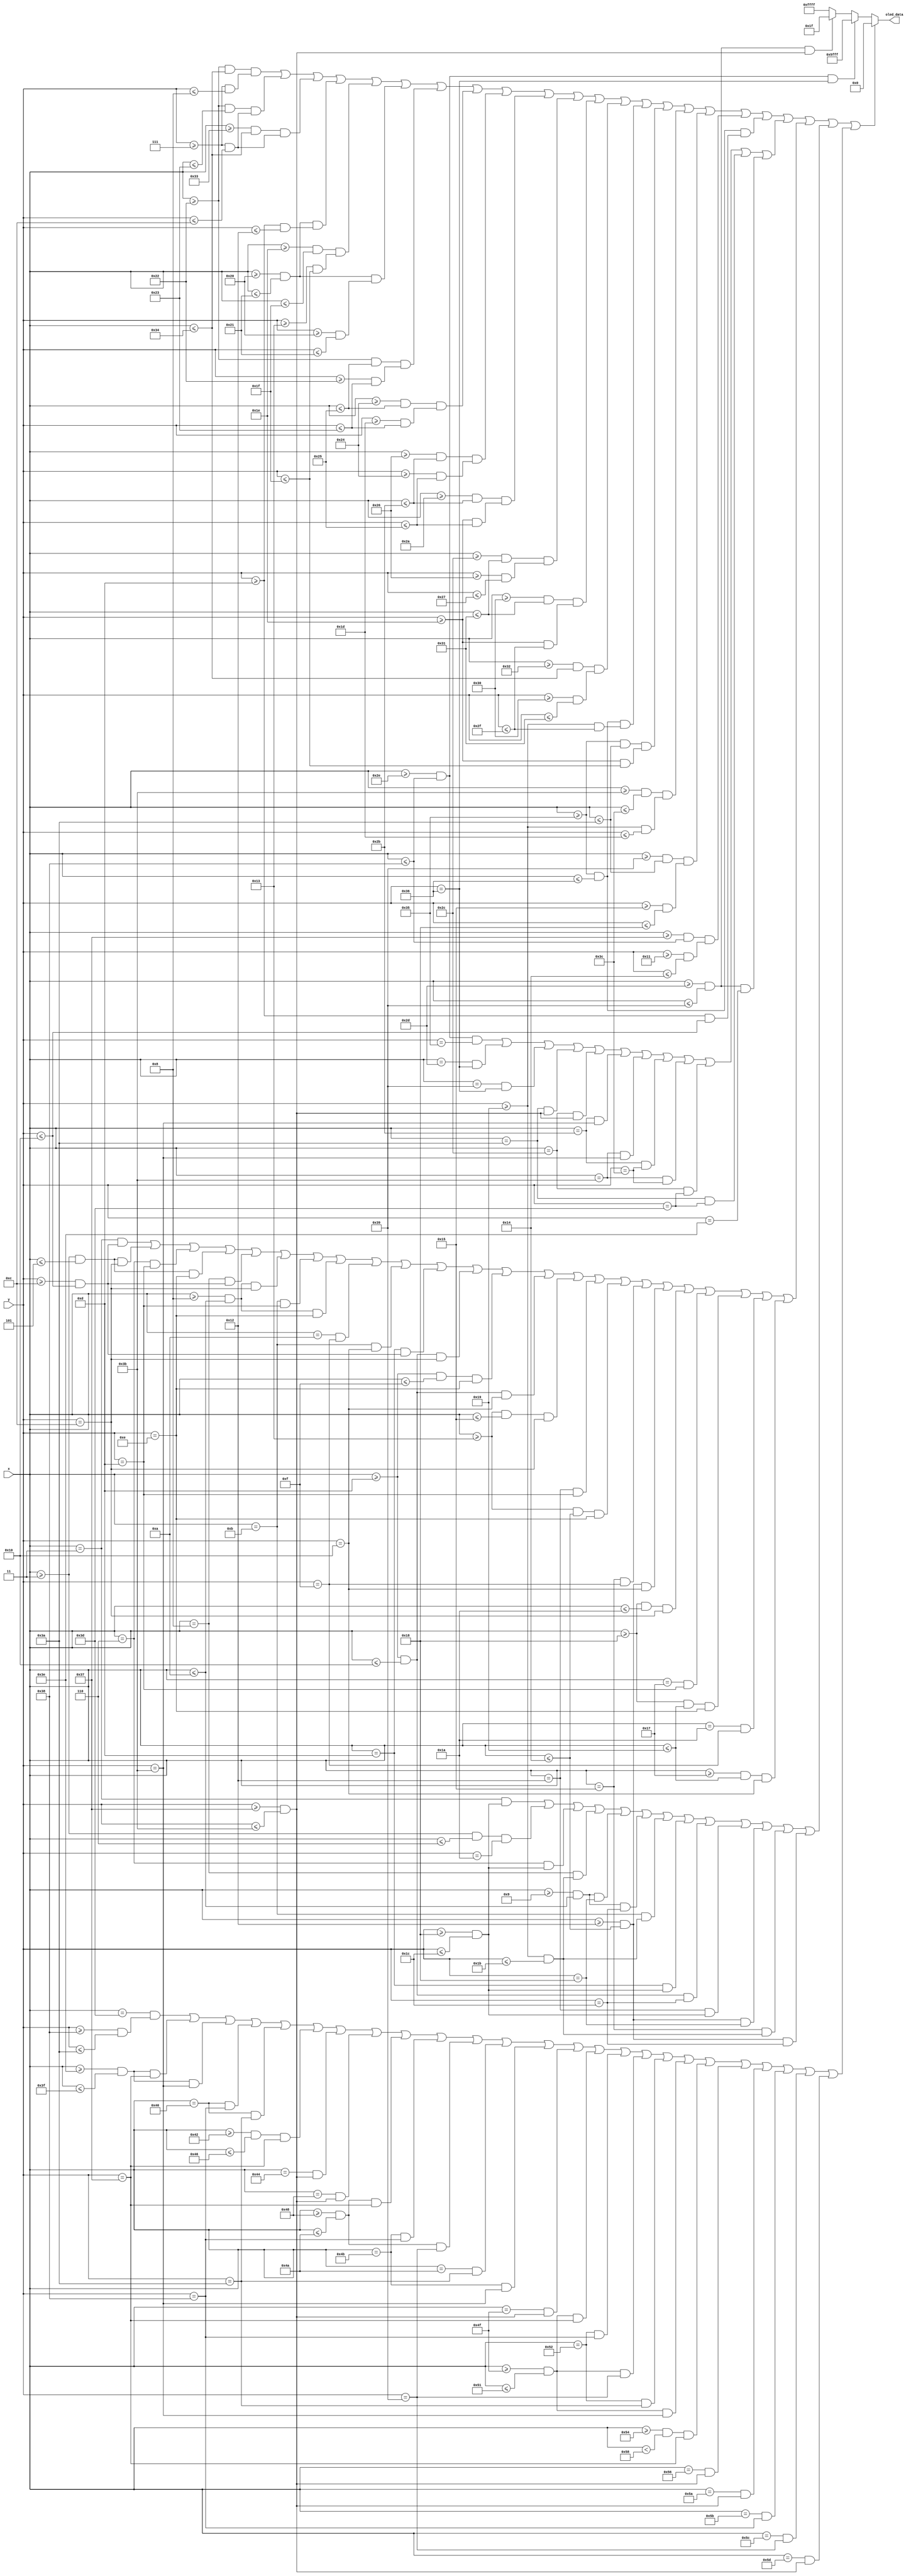
module Record_Start(
  input [6:0] x,
  input [5:0] y,
  output reg [15:0] oled_data
);

//Define constant as local parameter
//Colour display
localparam GREEN = 16'h07E0;
localparam ORANGE = 16'hFFE0; //Yellow
localparam RED = 16'hF800;
localparam BLACK = 16'h0000;
localparam PURPLE = 16'hF81F;
localparam YELLOW = 16'hFC00;    
localparam BLUE = 16'h001F;
localparam WHITE = 16'hFFFF;
localparam CYAN = 16'hF81F;
localparam MAGENTA = 16'hF81F;
localparam BROWN = 16'h8204;
localparam SKYBLUE = 16'h5FFF;

    //Display HAND
    wire Hand = ((x >= 34 && x <= 52) && (y >= 7 && y <= 8)) || ((x >= 34 && x <= 35) && (y >= 7 && y <= 12)) || ((x >= 51 && x <= 52) && (y >= 7 && y <= 12)) || 
                ((x >= 32 && x <= 33) && (y >= 13 && y <= 18)) || ((x >= 30 && x <= 31) && (y >= 19 && y <= 31)) || ((x >= 32 && x <= 33) && (y >= 32 && y <= 33)) ||
                ((x >= 34 && x <= 37) && (y >= 34 && y <= 35)) || ((x >= 36 && x <= 37) && (y >= 29 && y <= 35)) || ((x >= 38 && x <= 43) && (y >= 36 && y <= 37)) ||
                ((x >= 42 && x <= 43) && (y >= 30 && y <= 37)) || ((x >= 44 && x <= 49) && (y >= 38 && y <= 39)) || ((x >= 48 && x <= 49) && (y >= 30 && y <= 47)) || 
                ((x >= 50 && x <= 52) && (y >= 48 && y <= 49)) || ((x >= 53 && x <= 54) && (y >= 25 && y <= 47)) || ((x >= 53 && x <= 58) && (y >= 30 && y <= 31)) ||
                ((x >= 59 && x <= 60) && (y >= 25 && y <= 29)) || ((x >= 57 && x <= 58) && (y >= 21 && y <= 24)) || ((x >= 55 && x <= 56) && (y >= 17 && y <= 20)) ||
                ((x >= 53 && x <= 54) && (y >= 13 && y <= 16));
    
    //Display Pushbutton
    wire pushbtn = ((x >= 46 && x <= 56) && (y == 53)) || ((x == 45) && (y == 54)) || ((x == 57) && (y == 54)) || ((x == 58) && (y >= 55 && y <= 59)) || 
                   ((x == 44) && (y >= 55 && y <= 59)) || ((x == 43) && (y == 59)) || ((x == 59) && (y == 59)) || ((x == 43) && (y == 60)) || 
                   ((x == 59) && (y == 60)) || ((x == 44) && (y == 61)) || ((x == 58) && (y == 61)) || ((x >= 45 && x <= 57) && (y == 62));
    
    wire pushbtnbar1 = ((x >= 45 && x<= 57) && (y >= 55 && y <= 59));
    wire pushbtnbar2 = ((x >= 46 && x<= 56) && (y == 54));
    
    //Display PRESS
    wire PRESS = ((x == 3) && (y >= 12 && y <= 16)) || ((x >= 3 && x <= 5) && (y == 12)) || ((x == 6) && (y == 13)) || ((x >= 3 && x <= 5) && (y == 14)) ||
                 ((x == 8) && (y >= 12 && y <= 16)) || ((x >= 8 && x <= 10) && (y == 12)) || ((x == 11) && (y == 13)) || ((x >= 8 && x <= 10) && (y == 14)) || ((x == 10) && (y == 15)) || ((x == 11) && (y == 16)) ||
                 ((x == 13) && (y >= 12 && y <= 16 )) || ((x >= 13 && x <= 16) && (y == 12)) || ((x >= 13 && x <= 15) && (y == 14)) || ((x >= 13 && x <= 16) && (y == 16)) ||
                 ((x >= 19 && x <= 21) && (y == 12)) || ((x == 18) && (y == 13)) || ((x >= 19 && x <= 20) && (y == 14)) || ((x == 21) && (y == 15)) || ((x >= 18 && x <= 20) && (y == 16)) ||
                 ((x >= 24 && x <= 26) && (y == 12)) || ((x == 23) && (y == 13)) || ((x >= 24 && x <= 25) && (y == 14)) || ((x == 26) && (y == 15)) || ((x >= 23 && x <= 25) && (y == 16));
  
    //Display Hold
    wire HOLD = ((x == 3) && (y >= 24 && y <= 28)) || ((x >= 3 && x <= 6) && (y == 26)) || ((x == 6) && (y >= 24 && y <= 28)) || 
                ((x == 8) && (y >= 25 && y <= 27)) || ((x >= 9 && x <= 10) && (y == 24)) || ((x >= 9 && x <= 10) && (y == 28)) || ((x == 11) && (y >= 25 && y <= 27)) ||
                ((x == 13) && (y >= 24 && y <= 28)) || ((x >= 13 && x <= 16) && (y == 28)) ||
                ((x == 18) && (y >= 24 && y <= 28)) || ((x >= 18 && x <= 20) && (y == 24)) || ((x == 21) && (y >= 25 && y <= 27)) || ((x >= 18 && x <= 20) && (y == 28));

    //Display Centre Button
    wire ctr_btn = ((x == 61) && (y >= 56 && y <= 58)) || ((x >= 62 && x <= 63) && (y == 55)) || ((x >= 62 && x <= 63) && (y == 59)) || ((x == 64) && (y == 56)) || ((x == 64) && (y == 58)) ||
                   ((x >= 66 && x <= 70) && (y == 55)) || ((x == 68) && (y >= 55 && y <= 59)) ||
                   ((x == 72) && (y >= 55 && y <= 59)) || ((x >= 72 && x <= 74) && (y == 55)) || ((x == 75) && (y == 56)) || ((x >= 72 && x <= 74) && (y == 57)) || ((x == 74) && (y == 58)) || ((x == 75) && (y == 59)) ||
                   ((x == 79) && (y >= 55 && y <= 59)) || ((x >= 79 && x <= 81) && (y == 55)) || ((x == 82) && (y == 56)) || ((x >= 79 && x <= 81) && (y == 57)) ||  ((x == 82) && (y == 58)) || ((x >= 79 && x <= 81) && (y == 59)) ||  
                   ((x >= 84 && x< 88) && (y == 55)) || ((x == 86) && (y >= 55 && y <= 59)) ||
                   ((x == 90) && (y >= 55 && y <= 59)) || ((x == 91) && (y == 56)) || ((x == 92) && (y == 57)) || ((x == 93) && (y >= 55 && y <= 59));

    always @ (*) begin
    oled_data = WHITE;
        if (Hand || pushbtn || PRESS || HOLD || ctr_btn) begin
            oled_data = BLACK;
        end
        else if (pushbtnbar2) begin
            oled_data = SKYBLUE;
        end
        else if (pushbtnbar1) begin
            oled_data = BLUE;
        end
    end  

endmodule